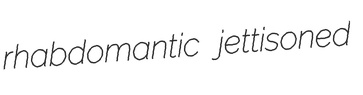
rhabdomantic jettisoned